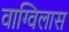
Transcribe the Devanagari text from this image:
वाग्विलास